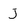
Character: J